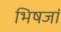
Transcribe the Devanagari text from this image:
भिषजां